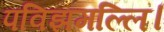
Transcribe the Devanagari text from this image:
पविझमल्लि।